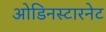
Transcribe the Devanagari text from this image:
ओडिनस्टारनेट